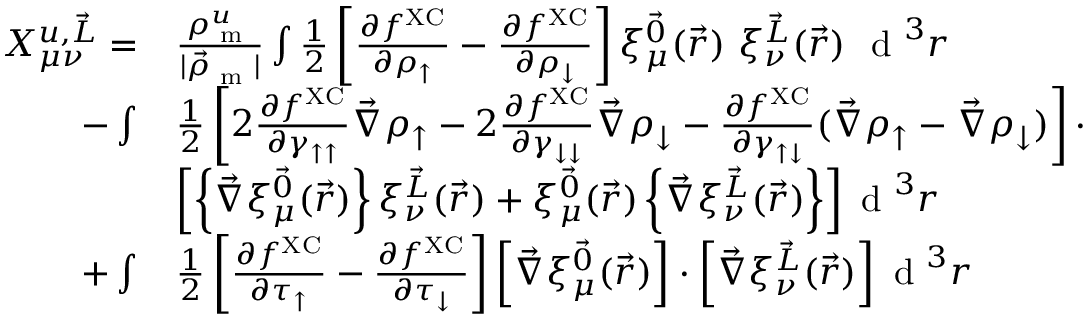
\begin{array} { r l } { X _ { \mu \nu } ^ { u , \vec { L } } = } & { \frac { \rho _ { \textrm { m } } ^ { u } } { | \vec { \rho } _ { \textrm { m } } | } \int \frac { 1 } { 2 } \left[ \frac { \partial f ^ { \mathrm { X C } } } { \partial \rho _ { \uparrow } } - \frac { \partial f ^ { \mathrm { X C } } } { \partial \rho _ { \downarrow } } \right] \xi _ { \mu } ^ { \vec { 0 } } ( \vec { r } ) ~ \xi _ { \nu } ^ { \vec { L } } ( \vec { r } ) ~ \textrm { d } ^ { 3 } r } \\ { - \int } & { \frac { 1 } { 2 } \left[ 2 \frac { \partial f ^ { \mathrm { X C } } } { \partial \gamma _ { \uparrow \uparrow } } \vec { \nabla } \rho _ { \uparrow } - 2 \frac { \partial f ^ { \mathrm { X C } } } { \partial \gamma _ { \downarrow \downarrow } } \vec { \nabla } \rho _ { \downarrow } - \frac { \partial f ^ { \mathrm { X C } } } { \partial \gamma _ { \uparrow \downarrow } } ( \vec { \nabla } \rho _ { \uparrow } - \vec { \nabla } \rho _ { \downarrow } ) \right] \cdot } \\ & { \left[ \left\{ \vec { \nabla } \xi _ { \mu } ^ { \vec { 0 } } ( \vec { r } ) \right\} \xi _ { \nu } ^ { \vec { L } } ( \vec { r } ) + \xi _ { \mu } ^ { \vec { 0 } } ( \vec { r } ) \left\{ \vec { \nabla } \xi _ { \nu } ^ { \vec { L } } ( \vec { r } ) \right\} \right] \textrm { d } ^ { 3 } r } \\ { + \int } & { \frac { 1 } { 2 } \left[ \frac { \partial f ^ { \mathrm { X C } } } { \partial \tau _ { \uparrow } } - \frac { \partial f ^ { \mathrm { X C } } } { \partial \tau _ { \downarrow } } \right] \left[ \vec { \nabla } \xi _ { \mu } ^ { \vec { 0 } } ( \vec { r } ) \right] \cdot \left[ \vec { \nabla } \xi _ { \nu } ^ { \vec { L } } ( \vec { r } ) \right] \textrm { d } ^ { 3 } r } \end{array}